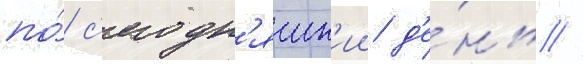
по́ с'егодн'яшн'ии д'е́нь //